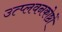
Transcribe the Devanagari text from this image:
उत्प्लवनकोष्ठों